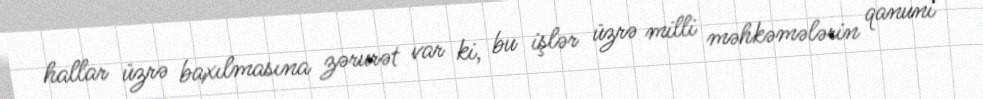
hallar üzrə baxılmasına zərurət var ki, bu işlər üzrə milli məhkəmələrin qanuni